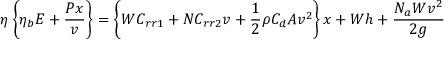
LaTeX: \eta \left\{ \eta _ { b } E + { \frac { P x } { v } } \right\} = \left\{ W C _ { r r 1 } + N C _ { r r 2 } v + { \frac { 1 } { 2 } } \rho C _ { d } A v ^ { 2 } \right\} x + W h + { \frac { N _ { a } W v ^ { 2 } } { 2 g } }